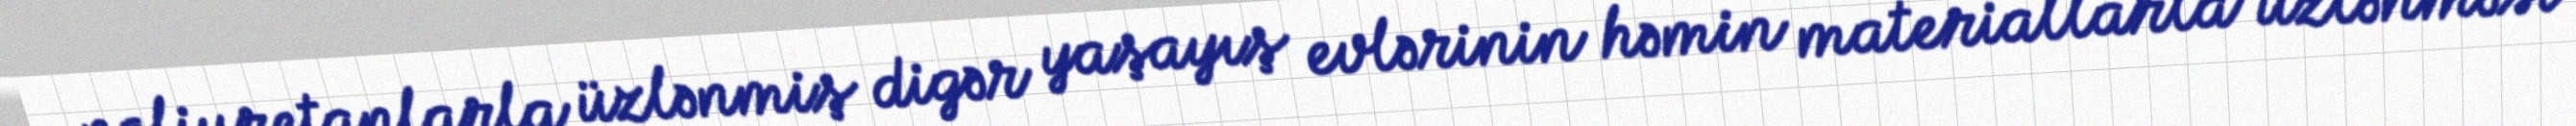
poliuretanlarla üzlənmiş digər yaşayış evlərinin həmin materiallarla üzlənməsi